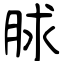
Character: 脙